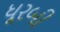
ધૂરબી